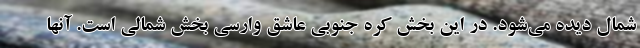
شمال دیده می‌شود. در این بخش کره جنوبی عاشق وارسی بخش شمالی است. آنها